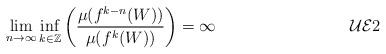
LaTeX: \begin{align*} \lim_{n \rightarrow \infty} \inf_{k \in {\mathbb Z}} \left (\frac{\mu(f^{k-n}(W))}{\mu(f^{k}(W))} \right ) = \infty \tag*{$\mathcal{UE}2$} \end{align*}